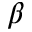
\beta